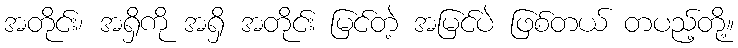
အတိုင်း၊ အရှိကို အရှိ အတိုင်း မြင်တဲ့ အမြင်ပဲ ဖြစ်တယ် တပည့်တို့။